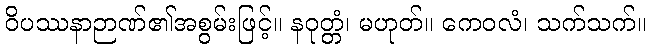
ဝိပဿနာဉာဏ်၏အစွမ်းဖြင့်။ နဝုတ္တံ၊ မဟုတ်။ ကေဝလံ၊ သက်သက်။